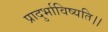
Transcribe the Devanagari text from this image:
प्रादुर्भाविष्यति।।